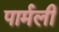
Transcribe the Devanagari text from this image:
पार्मली